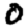
Digit: 0